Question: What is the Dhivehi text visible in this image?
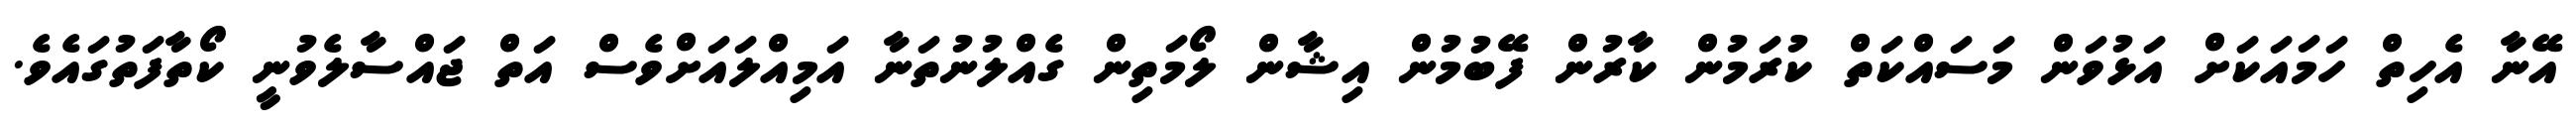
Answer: އޭނާ އެހިތް ހަމައަކަށް އަޅުވަން މަސައްކަތް ކުރަމުން ކާރުން ފޭބުމުން އިޝާން ލޯމަތިން ގެއްލުނުތަނާ އަމިއްލައަށްވެސް އަތް ޖައްސާލެވުނީ ކޯތާފަތުގައެވެ.